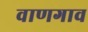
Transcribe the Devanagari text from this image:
वाणगाव